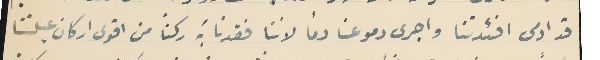
قد ادمى افئدتنا واجرى دموعنا دمًا لاننا فقدنا بَه ركنًا من اقوى اركان عيلتنا